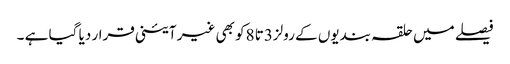
فیصلے میں حلقہ بندیوں کے رولز3تا 8کو بھی غیر آئینی قرار دیا گیا ہے ۔